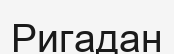
Ригадан